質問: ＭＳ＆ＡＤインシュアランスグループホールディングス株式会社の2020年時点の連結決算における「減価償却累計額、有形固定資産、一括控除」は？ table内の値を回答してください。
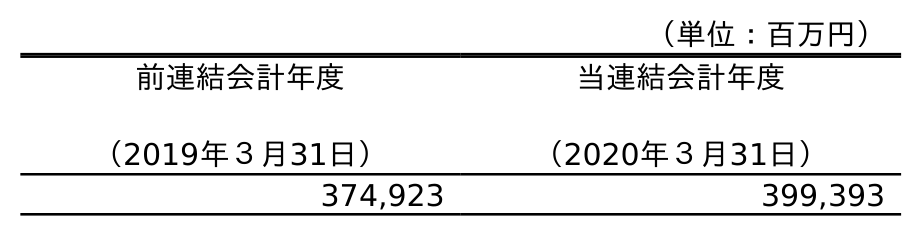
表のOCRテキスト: （単位：百万円） 前連結会計年度 （2019年３月31日） 当連結会計年度 （2020年３月31日） 374,923 399,393
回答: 399,393